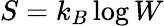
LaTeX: S=k_{B}\log W